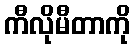
ကီလိုမီတာကို